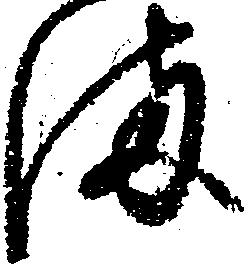
満